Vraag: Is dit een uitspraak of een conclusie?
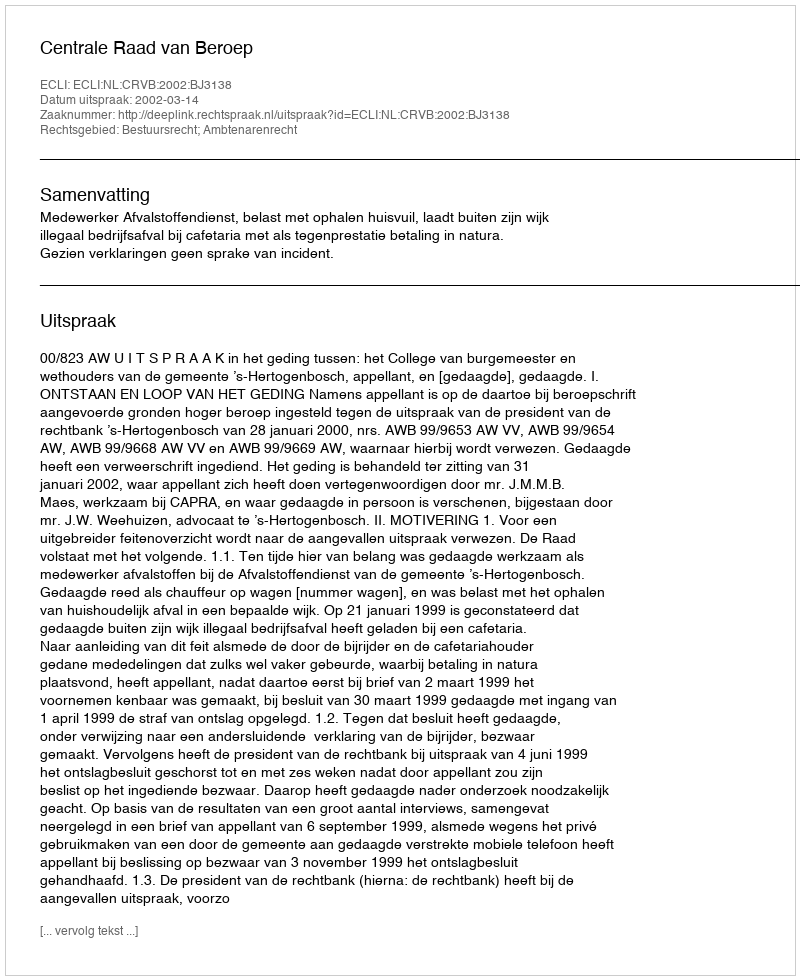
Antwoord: Uitspraak